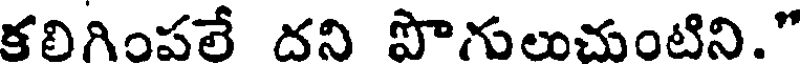
కలిగింపలే దని పొగులుచుంటిని."